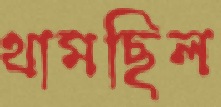
থামছিল